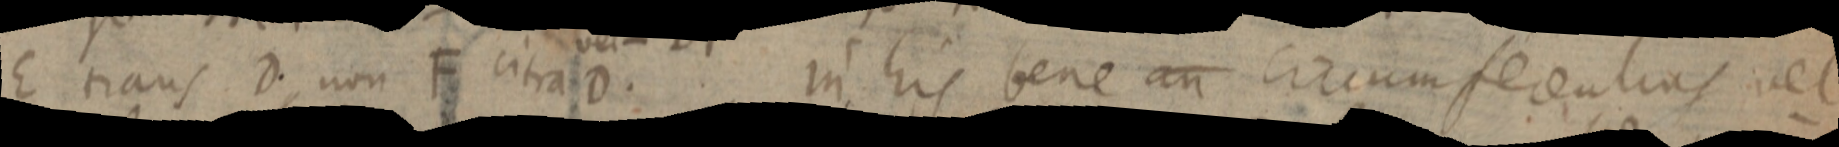
E trans D non F citra D. in his bene an circumferentias vel